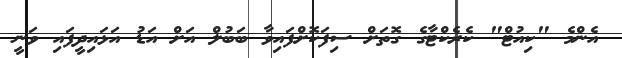
އެންމެ "ކިއުޓް" ކެރެކްޓާގެ ގޮތަށް ސިފަކޮށްފައިވާ ބަބުލް އަށް އަޑު އަޅައިދީފައި ވަނީ